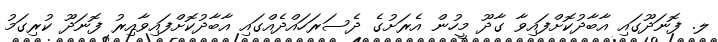
ލ. ފޮނަދޫގައި އާބާދުކޮށްފައިވާ ގާދޫ މީހުން އެރަށުގެ ދެސަރަހައްދެއްގައި އާބާދުކޮށްފައިވާއިރު ފޮނަދޫ ކުރިގަމު